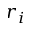
r _ { i }